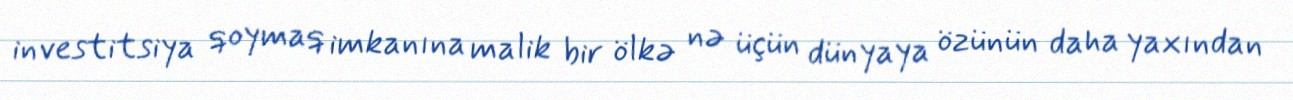
investitsiya qoymaq imkanına malik bir ölkə nə üçün dünyaya özünün daha yaxından